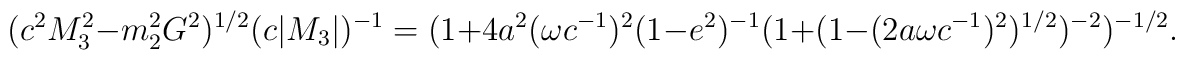
(c^{2}M_{3}^{2} - m_{2}^{2}G^{2})^{1/2}(c|M_{3}|)^{- 1} =( 1 + 4a^{2}(\omega c^{- 1})^{2}(1 - e^{2})^{- 1}(1 + (1 - (2a\omega c^{- 1})^{2})^{1/2})^{- 2})^{- 1/2}.